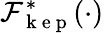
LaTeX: \mathcal{F}_{\mathrm{{~k~e~p~}}}^{*}(\cdot)